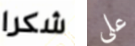
شكرا على